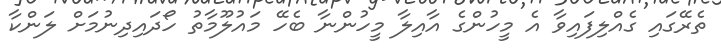
ތެރޭގައި ގެއްލިފައިވާ އެ މީހުންގެ އާއިލާ މީހުންނާ ބެހޭ މައުލޫމާތު ހޯދައިދިނުމަށް ލަންކާ